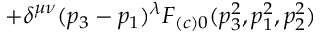
+ \delta ^ { \mu \nu } ( p _ { 3 } - p _ { 1 } ) ^ { \lambda } F _ { ( c ) 0 } ( p _ { 3 } ^ { 2 } , p _ { 1 } ^ { 2 } , p _ { 2 } ^ { 2 } )